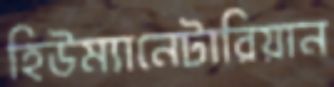
হিউম্যানেটারিয়ান